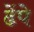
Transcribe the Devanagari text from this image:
ढेंपे